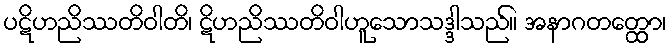
ပဋိဟညိဿတိဝါတိ၊ ဋိဟညိဿတိဝါဟူသောသဒ္ဒါသည်။ အနာဂတတ္ထော၊